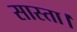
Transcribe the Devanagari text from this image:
सास्ता।